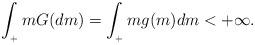
LaTeX: \begin{align*}\int_{\real_+} mG(dm)=\int_{\real_+}mg(m)dm<+\infty.\end{align*}